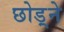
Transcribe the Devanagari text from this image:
छोड़्ने